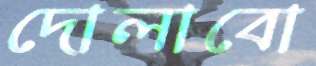
দোলাবো